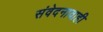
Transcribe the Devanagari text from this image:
संवेदनावाही